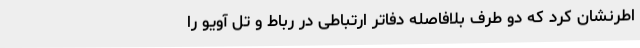
اطرنشان کرد که دو طرف بلافاصله دفاتر ارتباطی در رباط و تل آویو را